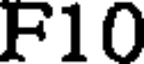
F10